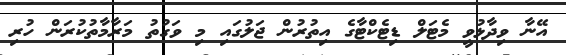
އޭނާ ވިދާޅުވީ މެޓަލް ޑިޓެކްޓާގެ އިތުރުން ޖަލުގައި މި ވަގުތު މަރާމާތުކުރަން ހުރި